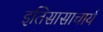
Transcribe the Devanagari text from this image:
इतिसासाचार्य